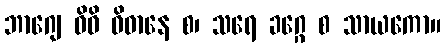
ဘာဂျေ ဝိဓိ ဝိဓာနေ စ၊ သရေ ခဂ္ဂေ စ သာယကော။